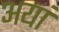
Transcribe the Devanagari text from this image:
अयां